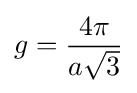
g={\frac {4\pi }{a{\sqrt {3}}}}